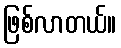
ဖြစ်လာတယ်။